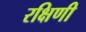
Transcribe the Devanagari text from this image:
रक्षिणी